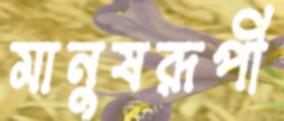
মানুষরূপী